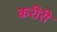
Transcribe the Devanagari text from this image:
करीरी